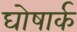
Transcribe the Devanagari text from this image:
घोषार्क